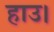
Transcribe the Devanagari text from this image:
हाउ।